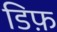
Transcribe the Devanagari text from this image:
डिफ़